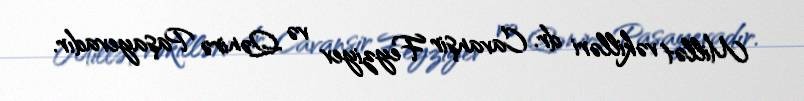
Millət vəkilləri dr. Cavanşir Feyziyev və Qənirə Paşayevadır.